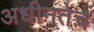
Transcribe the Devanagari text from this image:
अधीनतेचे